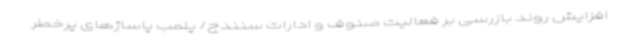
افزایش روند بازرسی بر فعالیت صنوف و ادارات سنندج/ پلمب پاساژهای پرخطر